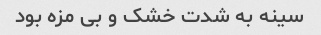
سینه به شدت خشک و بی مزه بود